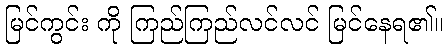
မြင်ကွင်း ကို ကြည်ကြည်လင်လင် မြင်နေရ၏။